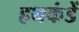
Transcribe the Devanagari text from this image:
हथकंडें